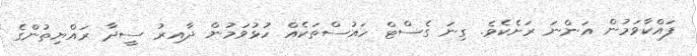
ފައްކާވަމުން އަންނަ ރަށެކެވެ. ގިނަ ގެސްޓް ހައުސްތަކެއް ހުޅުވަމުން ދާއިރު ސީދާ ރައްޔިތުންގެ